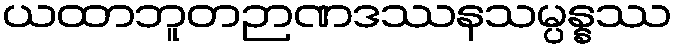
ယထာဘူတဉာဏဒဿနသမ္ပန္နဿ